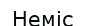
Неміс